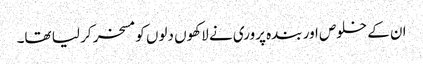
ان کے خلوص اور بندہ پروری نے لاکھوں دلوں کو مسخر کر لیا تھا۔